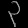
Digit: ၃